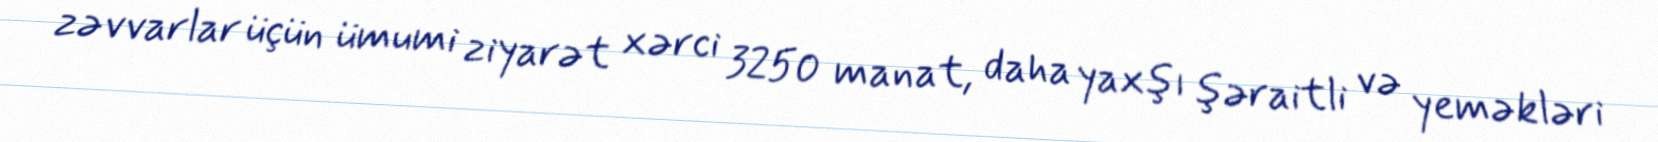
zəvvarlar üçün ümumi ziyarət xərci 3250 manat, daha yaxşı şəraitli və yeməkləri